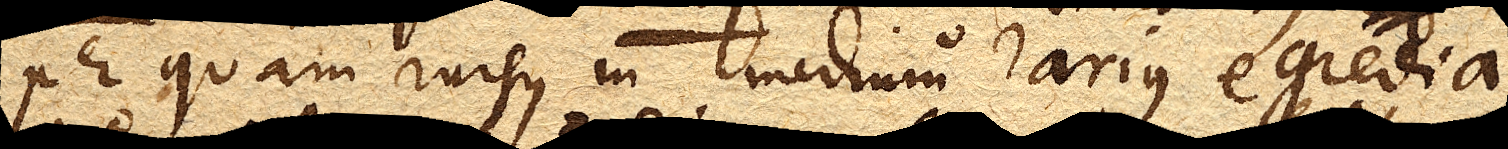
per quam rursus in medium rarius egredia–